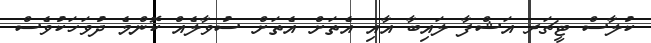
ކުލާސް ޓީޗަރ އަޝްފާ ލައިބާ އާއި އެތަށް އެތަށް ސުވާލެއް ކޮންމެ ދުވަހަކުވެސް